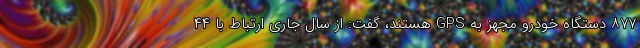
۸۷۷ دستگاه خودرو مجهز به GPS هستند، گفت: از سال جاری ارتباط با ۴۴